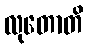
လုတောတိ